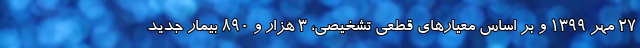
۲۷ مهر ۱۳۹۹ و بر اساس معیارهای قطعی تشخیصی، ۳ هزار و ۸۹۰ بیمار جدید